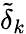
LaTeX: \tilde{\delta}_{k}